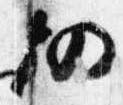
仍